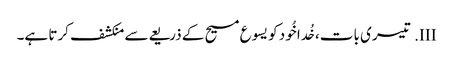
III.	تیسری بات، خُدا خُود کو یسوع مسیح کے ذریعےسے منکشف کرتا ہے۔